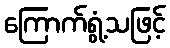
ကြောက်ရွံ့သဖြင့်